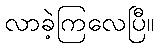
လာခဲ့ကြလေပြီ။